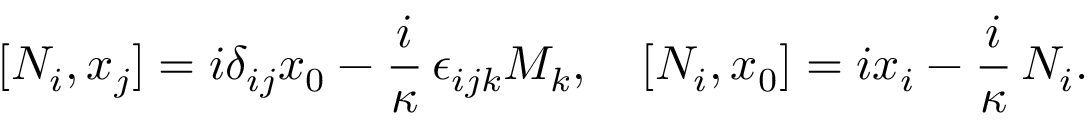
[ N _ { i } , x _ { j } ] = i \delta _ { i j } x _ { 0 } - \frac { i } \kappa \, \epsilon _ { i j k } M _ { k } , \quad [ N _ { i } , x _ { 0 } ] = i x _ { i } - \frac { i } \kappa \, N _ { i } .